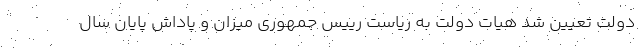
دولت تعیین شد هیات دولت به ریاست رییس جمهوری میزان و پاداش پایان سال